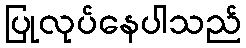
ပြုလုပ်နေပါသည်